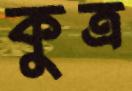
কুত্র